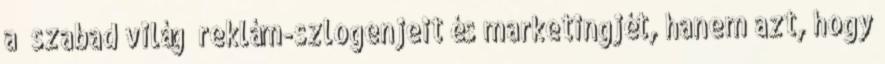
a „szabad világ” reklám-szlogenjeit és marketingjét, hanem azt, hogy